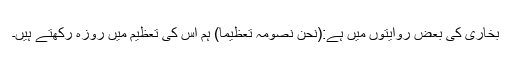
بخاری کی بعض روایتوں میں ہے:(نَحْنُ نَصُوْمُہُ تَعْظِیْمًا) ہم اس کی تعظیم میں روزہ رکھتے ہیں۔